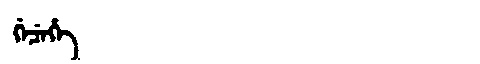
Manchu: ᡤᡝᠴᡝᡥᡝ
Romanization: GECEHE